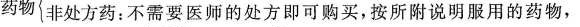
药物非处方药：不需要医师的处方即可购买，按所附说明服用的药物，